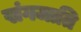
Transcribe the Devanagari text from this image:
खंगजाति